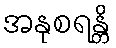
အနုစရန္တိ